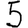
Digit: 5